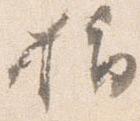
指